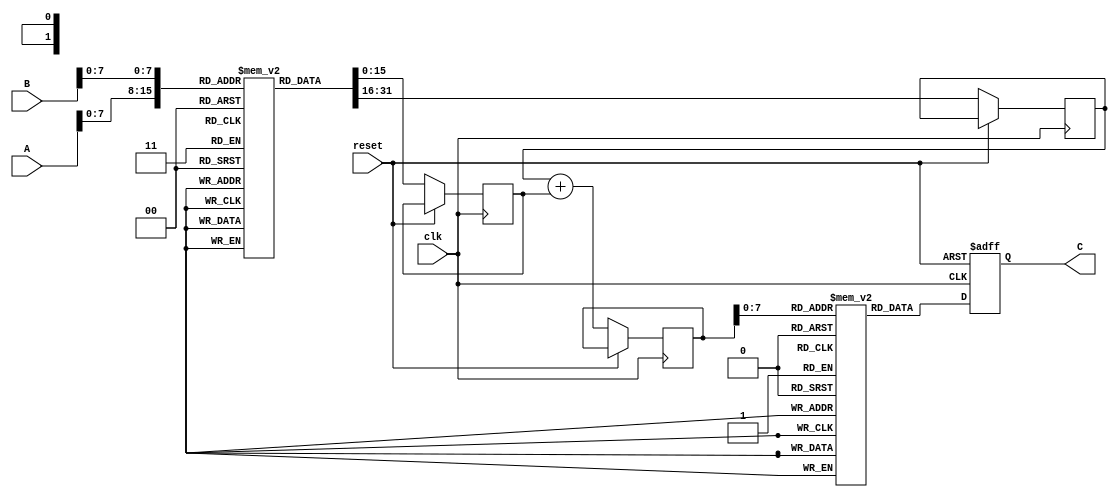
module LogarithmicMultiplier #(
    parameter WIDTH = 16, // Bit-width for input and output
    parameter LUT_SIZE = 256 // Size of the LUT for logarithm and exponentiation
)(
    input wire [WIDTH-1:0] A, // First operand
    input wire [WIDTH-1:0] B, // Second operand
    output reg [WIDTH-1:0] C, // Output product
    input wire clk, // Clock signal
    input wire reset // Reset signal
);

// Logarithm LUT (for demonstration, values should be precomputed)
reg [WIDTH-1:0] log_lut [0:LUT_SIZE-1];
initial begin
    // Initialize the logarithm LUT with precomputed values
    // Example: log_lut[i] = log(i) for i in range [0, LUT_SIZE-1]
    // This initialization should be done with actual logarithmic values
end

// Exponentiation LUT (for demonstration, values should be precomputed)
reg [WIDTH-1:0] exp_lut [0:LUT_SIZE-1];
initial begin
    // Initialize the exponentiation LUT with precomputed values
    // Example: exp_lut[i] = exp(i) for i in range [0, LUT_SIZE-1]
    // This initialization should be done with actual exponential values
end

// Internal signals
reg [WIDTH-1:0] log_A, log_B, log_sum;

// Control logic
always @(posedge clk or posedge reset) begin
    if (reset) begin
        C <= 0;
    end else begin
        // Logarithm stage
        log_A <= log_lut[A]; // Lookup log(A)
        log_B <= log_lut[B]; // Lookup log(B)

        // Adder stage
        log_sum <= log_A + log_B; // log(A * B)

        // Exponentiation stage
        // Assuming log_sum is within the range of the LUT
        C <= exp_lut[log_sum]; // Lookup exp(log_sum)
    end
end

endmodule